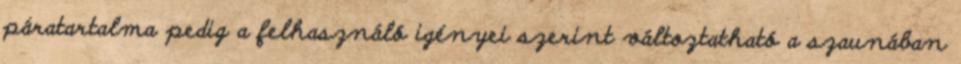
páratartalma pedig a felhasználó igényei szerint változtatható a szaunában